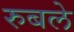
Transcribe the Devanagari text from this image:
रुबले